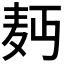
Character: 𮮄